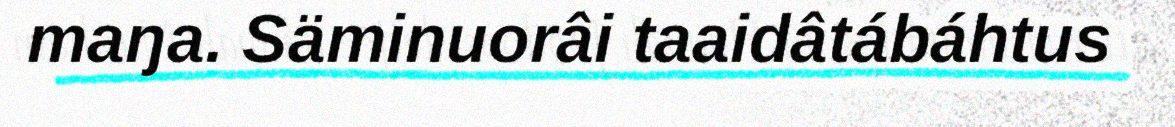
maŋa. Säminuorâi taaidâtábáhtus